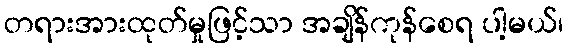
တရားအားထုတ်မှုဖြင့်သာ အချိန်ကုန်စေရ ပါ့မယ်၊